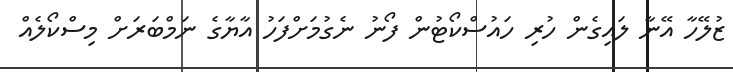
ޒުލޭހާ އޭނާ ލައިގެން ހުރި ހައުސްކޯޓުން ފޯނު ނެގުމަށްފަހު އާޔާގެ ނަމްބަރަށް މިސްކޯލެއް